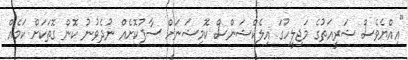
"އިއްޔެވެސް ޝަރީއަތުގެ މަޖިލީހުގަ އިލެކްޝަންސް ކޮމިޝަނަށް ސާފުކޮށެއް ނުދެވުނު ކޮން ގޮތަކަށް ކަމެއް